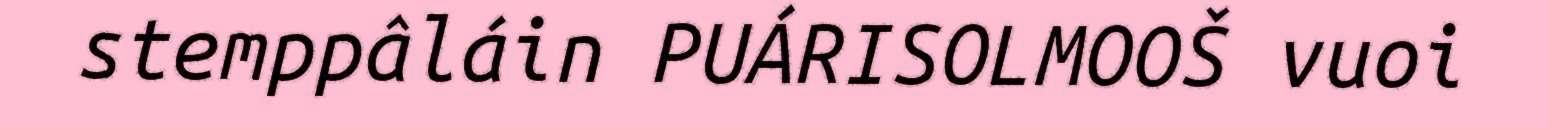
stemppâláin PUÁRISOLMOOŠ vuoi